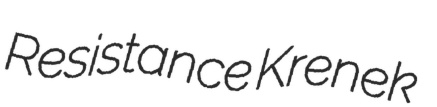
Resistance Krenek